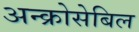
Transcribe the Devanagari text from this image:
अन्क्रोसेबिल